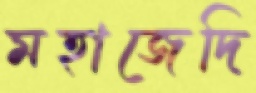
মহাজেদি